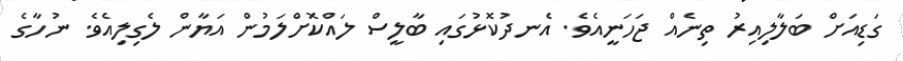
ގަޑިއަށް ބަލާލިއިރު ތިނެއް ޖަހަނީއެވެ. އެނދުކޮޅުގައި ބާލީސް ލައްކޮށްލަމުން އަޔާން ލެގިލިއެވެ. ނުހާގެ